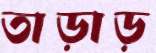
তাড়াড়